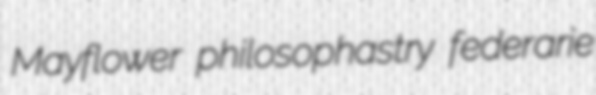
Mayflower philosophastry federarie